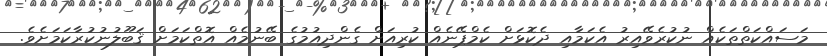
މަސައްކަތްތަކެއް ނުކުރެވޭއިރު އެކަމާއި ދެކޮޅަށް ކެމްޕޭނެއް ކުރިއަށް ގެންދިއުމުގެ ބޭނުމެއް އޮތްކަމަށް ޤަބޫލުނުކުރާކަމަށެވެ.